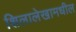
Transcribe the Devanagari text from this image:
शिलालेखामधील